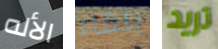
الأله بلقاء تريد